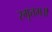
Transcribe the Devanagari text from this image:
स्मृतम्॥